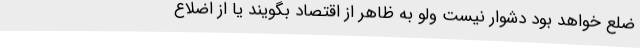
ضلع خواهد بود دشوار نیست ولو به ظاهر از اقتصاد بگویند یا از اضلاع